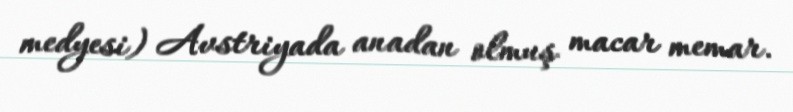
medyesi) Avstriyada anadan olmuş macar memar.